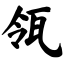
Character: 瓴